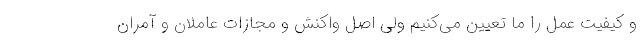
و کیفیت عمل را ما تعیین می‌کنیم ولی اصل واکنش و مجازات عاملان و آمران